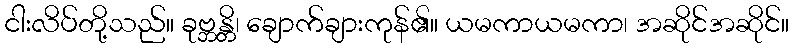
ငါးလိပ်တို့သည်။ ခုဗ္ဘန္တိ၊ ချောက်ချားကုန်၏။ ယမကာယမကာ၊ အဆိုင်အဆိုင်။